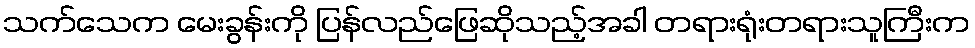
သက်သေက မေးခွန်းကို ပြန်လည်ဖြေဆိုသည့်အခါ တရားရုံးတရားသူကြီးက